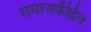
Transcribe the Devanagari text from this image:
समाजकेंद्रित